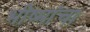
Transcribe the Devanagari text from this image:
भीष्मांचा